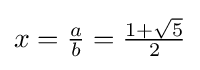
x={\tfrac {a}{b}}={\tfrac {1+{\sqrt {5}}}{2}}